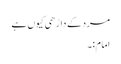
مرد کے داڑھی کیوں ہے
امام:۔